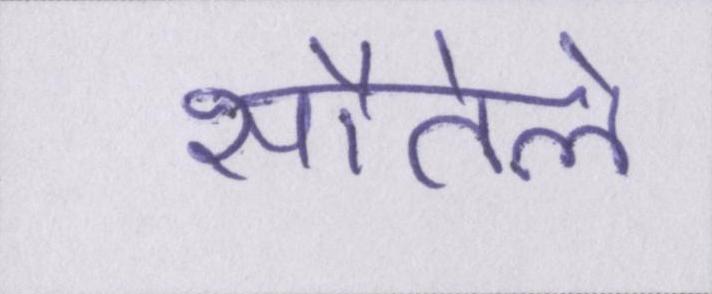
सौतेले